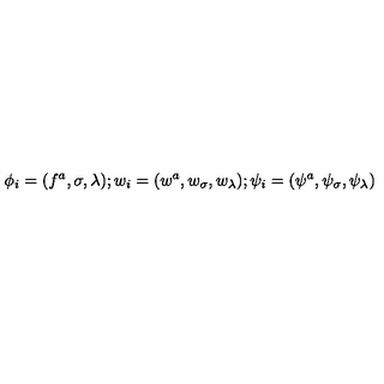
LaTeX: \phi _ { i } = ( f ^ { a } , \sigma , \lambda ) ; w _ { i } = ( w ^ { a } , w _ { \sigma } , w _ { \lambda } ) ; \psi _ { i } = ( \psi ^ { a } , \psi _ { \sigma } , \psi _ { \lambda } )